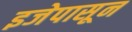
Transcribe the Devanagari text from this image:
इजेपासून